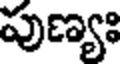
పుణ్యః